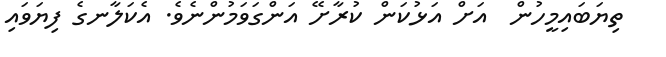
ތިޔަބައިމީހުން  އަށް އަޅުކަން ކުރާށޭ އަންގަވަމުންނެވެ. އެކަލާނގެ ފިޔަވައި